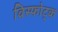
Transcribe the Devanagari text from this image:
विस्फोट्क